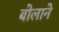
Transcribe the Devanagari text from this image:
बोलाने